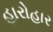
હારોહાર